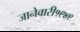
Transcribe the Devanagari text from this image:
जानेवारी१९४९